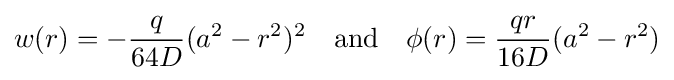
w(r)=-{\frac {q}{64D}}(a^{2}-r^{2})^{2}\quad {\text{and}}\quad \phi (r)={\frac {qr}{16D}}(a^{2}-r^{2})